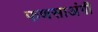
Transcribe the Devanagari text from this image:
फणसाअंगी